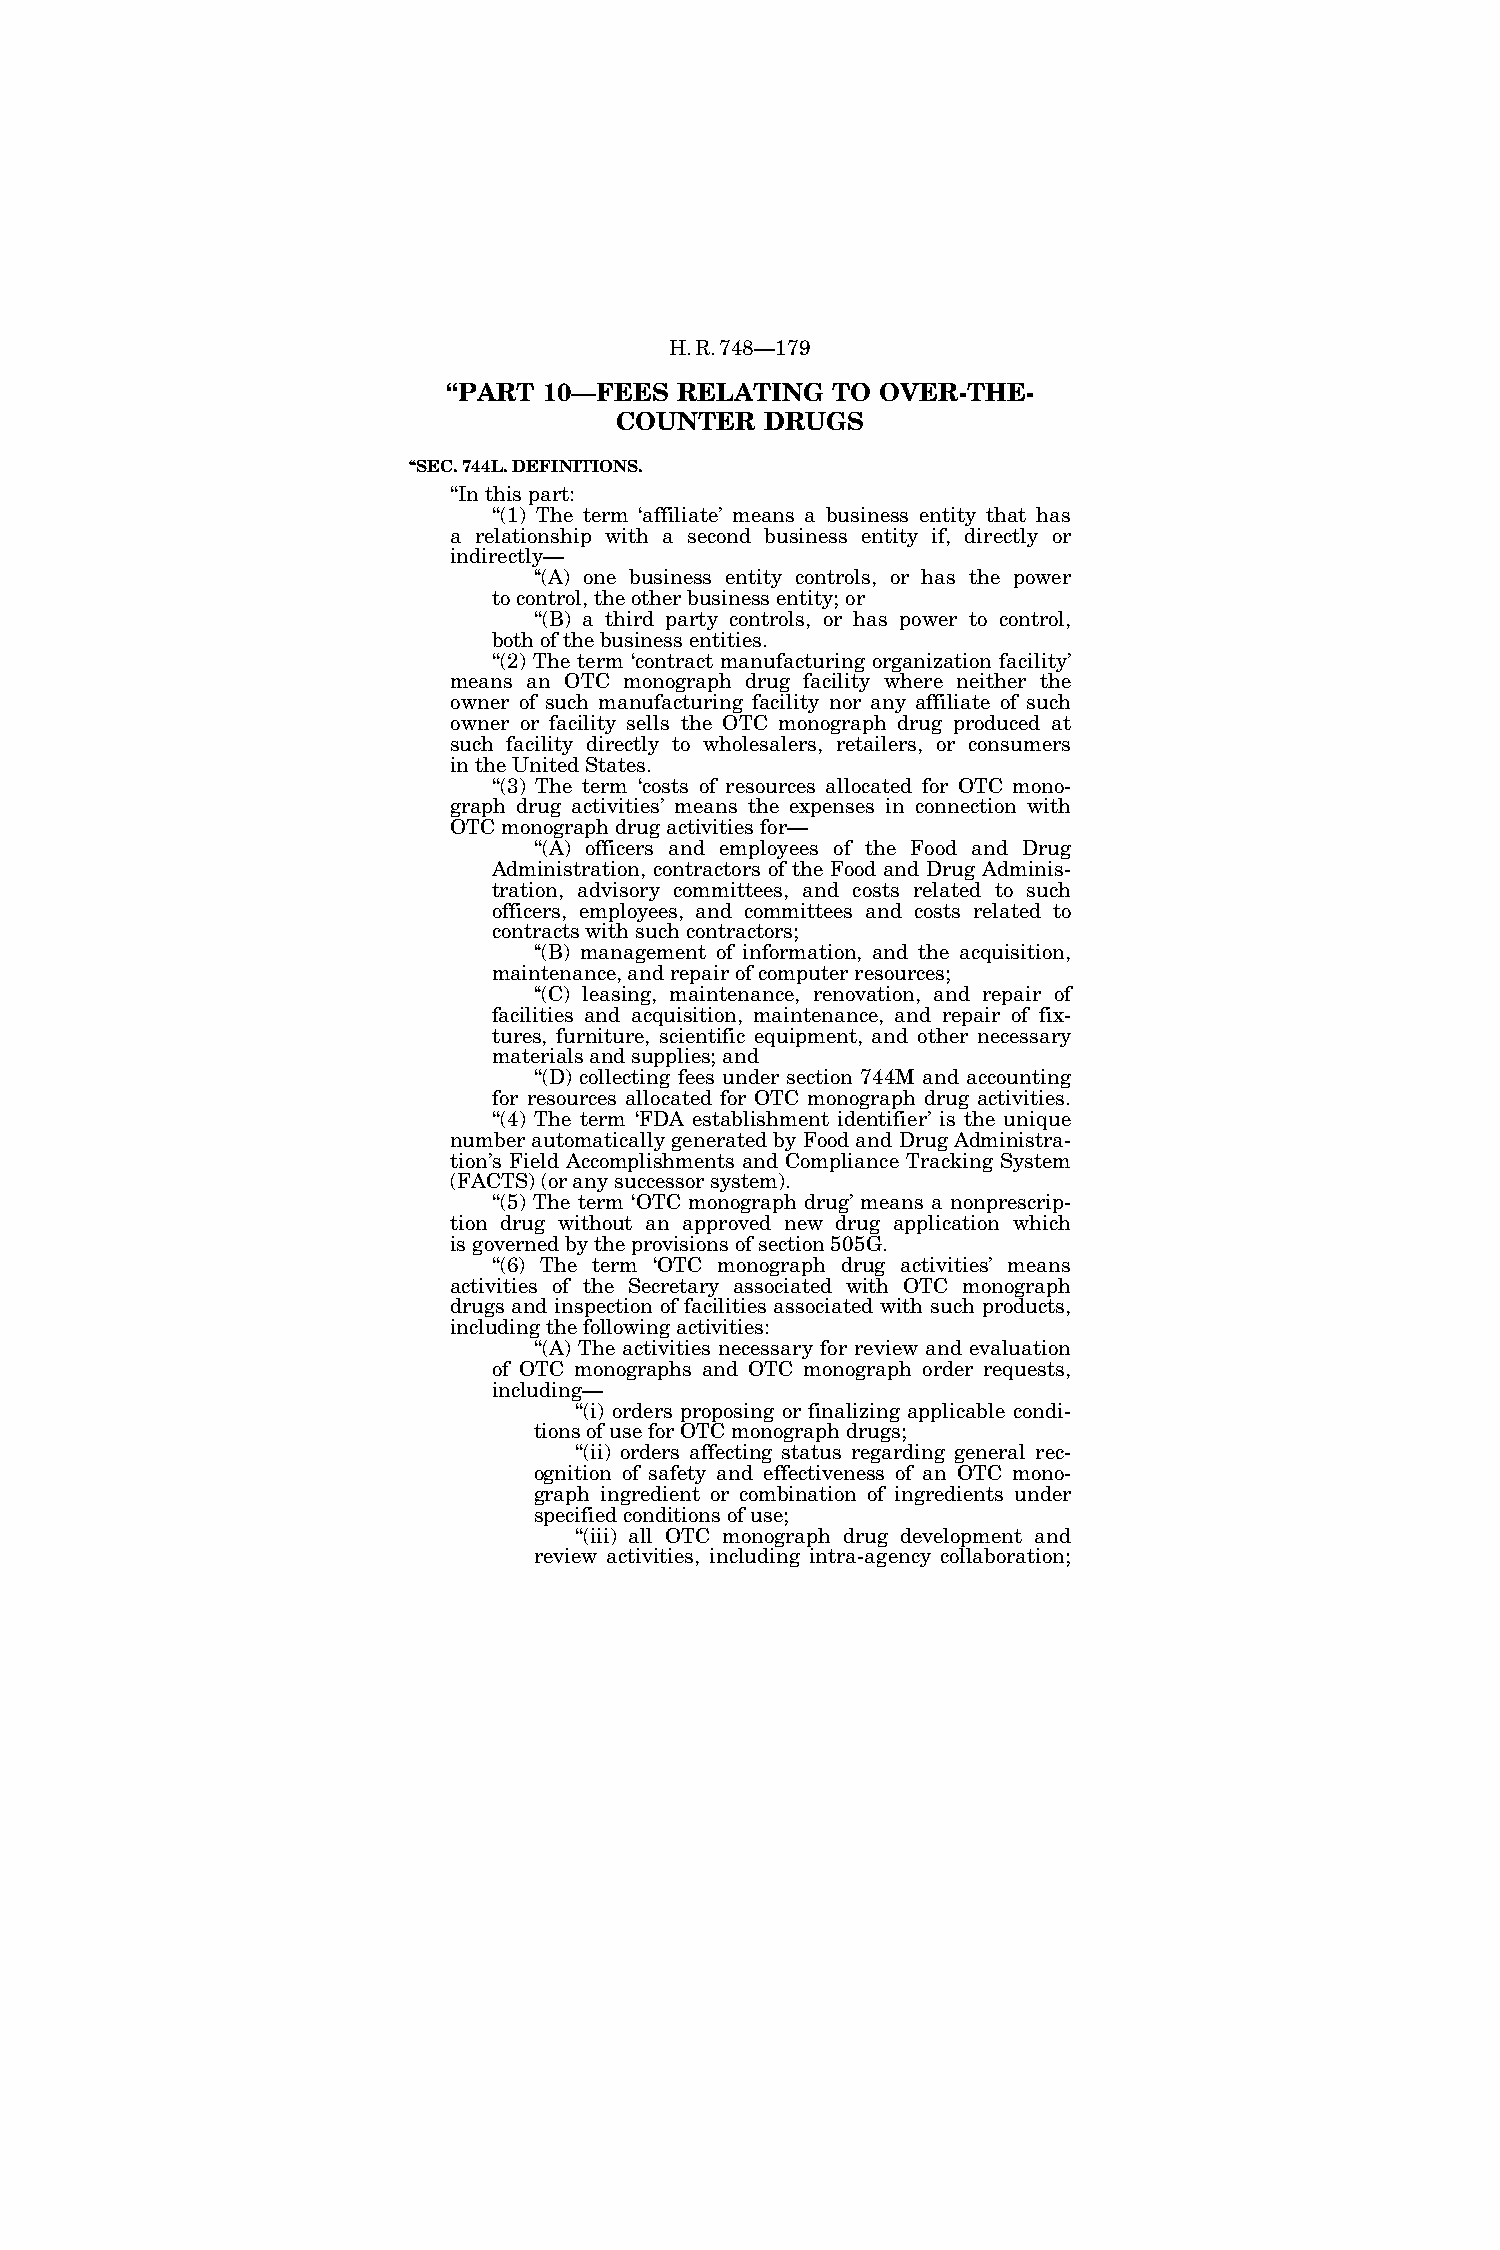
H.R.748—179
 ‘‘PART 10—FEES RELATING  TO OVER-THE-
 COUNTER   DRUGS
 ‘‘SEC. 744L. DEFINITIONS.
 ‘‘In this part:
 ‘‘(1) The term ‘affiliate’ means a business entity that has
 a relationship with a second business entity if, directly or
 indirectly—
 ‘‘(A) one business entity controls, or has the power
 to control, the other business entity; or
 ‘‘(B) a third party controls, or has power to control,
 both of the business entities.
 ‘‘(2) The term ‘contract manufacturing organization facility’
 means an OTC monograph drug facility where neither the
 owner of such manufacturing facility nor any affiliate of such
 owner or facility sells the OTC monograph drug produced at
 such facility directly to wholesalers, retailers, or consumers
 in the United States.
 ‘‘(3) The term ‘costs of resources allocated for OTC mono-
 graph drug activities’ means the expenses in connection with
 OTC monograph drug activities for—
 ‘‘(A) officers and employees of the Food and Drug
 Administration, contractors of the Food and Drug Adminis-
 tration, advisory committees, and costs related to such
 officers, employees, and committees and costs related to
 contracts with such contractors;
 ‘‘(B) management of information, and the acquisition,
 maintenance, and repair of computer resources;
 ‘‘(C) leasing, maintenance, renovation, and repair of
 facilities and acquisition, maintenance, and repair of fix-
 tures, furniture, scientific equipment, and other necessary
 materials and supplies; and
 ‘‘(D) collecting fees under section 744M and accounting
 for resources allocated for OTC monograph drug activities.
 ‘‘(4) The term ‘FDA establishment identifier’ is the unique
 number automatically generated by Food and Drug Administra-
 tion’s Field Accomplishments and Compliance Tracking System
 (FACTS) (or any successor system).
 ‘‘(5) The term ‘OTC monograph drug’ means a nonprescrip-
 tion drug without an approved new drug application which
 is governed by the provisions of section 505G.
 ‘‘(6) The term ‘OTC monograph drug activities’ means
 activities of the Secretary associated with OTC monograph
 drugs and inspection of facilities associated with such products,
 including the following activities:
 ‘‘(A) The activities necessary for review and evaluation
 of OTC monographs and OTC monograph order requests,
 including—
 ‘‘(i) orders proposing or finalizing applicable condi-
 tions of use for OTC monograph drugs;
 ‘‘(ii) orders affecting status regarding general rec-
 ognition of safety and effectiveness of an OTC mono-
 graph ingredient or combination of ingredients under
 specified conditions of use;
 ‘‘(iii) all OTC monograph drug development and
 review activities, including intra-agency collaboration;